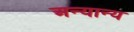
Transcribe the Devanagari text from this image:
अन्‍यान्‍य